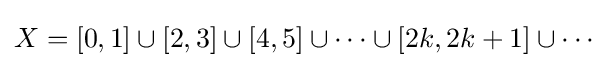
X=[0,1]\cup [2,3]\cup [4,5]\cup \dots \cup [2k,2k+1]\cup \dotsb